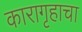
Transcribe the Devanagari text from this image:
कारागृहाचा